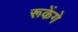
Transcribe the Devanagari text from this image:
रूकेंगे